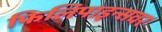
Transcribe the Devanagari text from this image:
फिलिपाइन्सवर